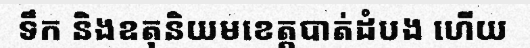
ទឹក និងឧតុនិយមខេត្តបាត់ដំបង ហើយ